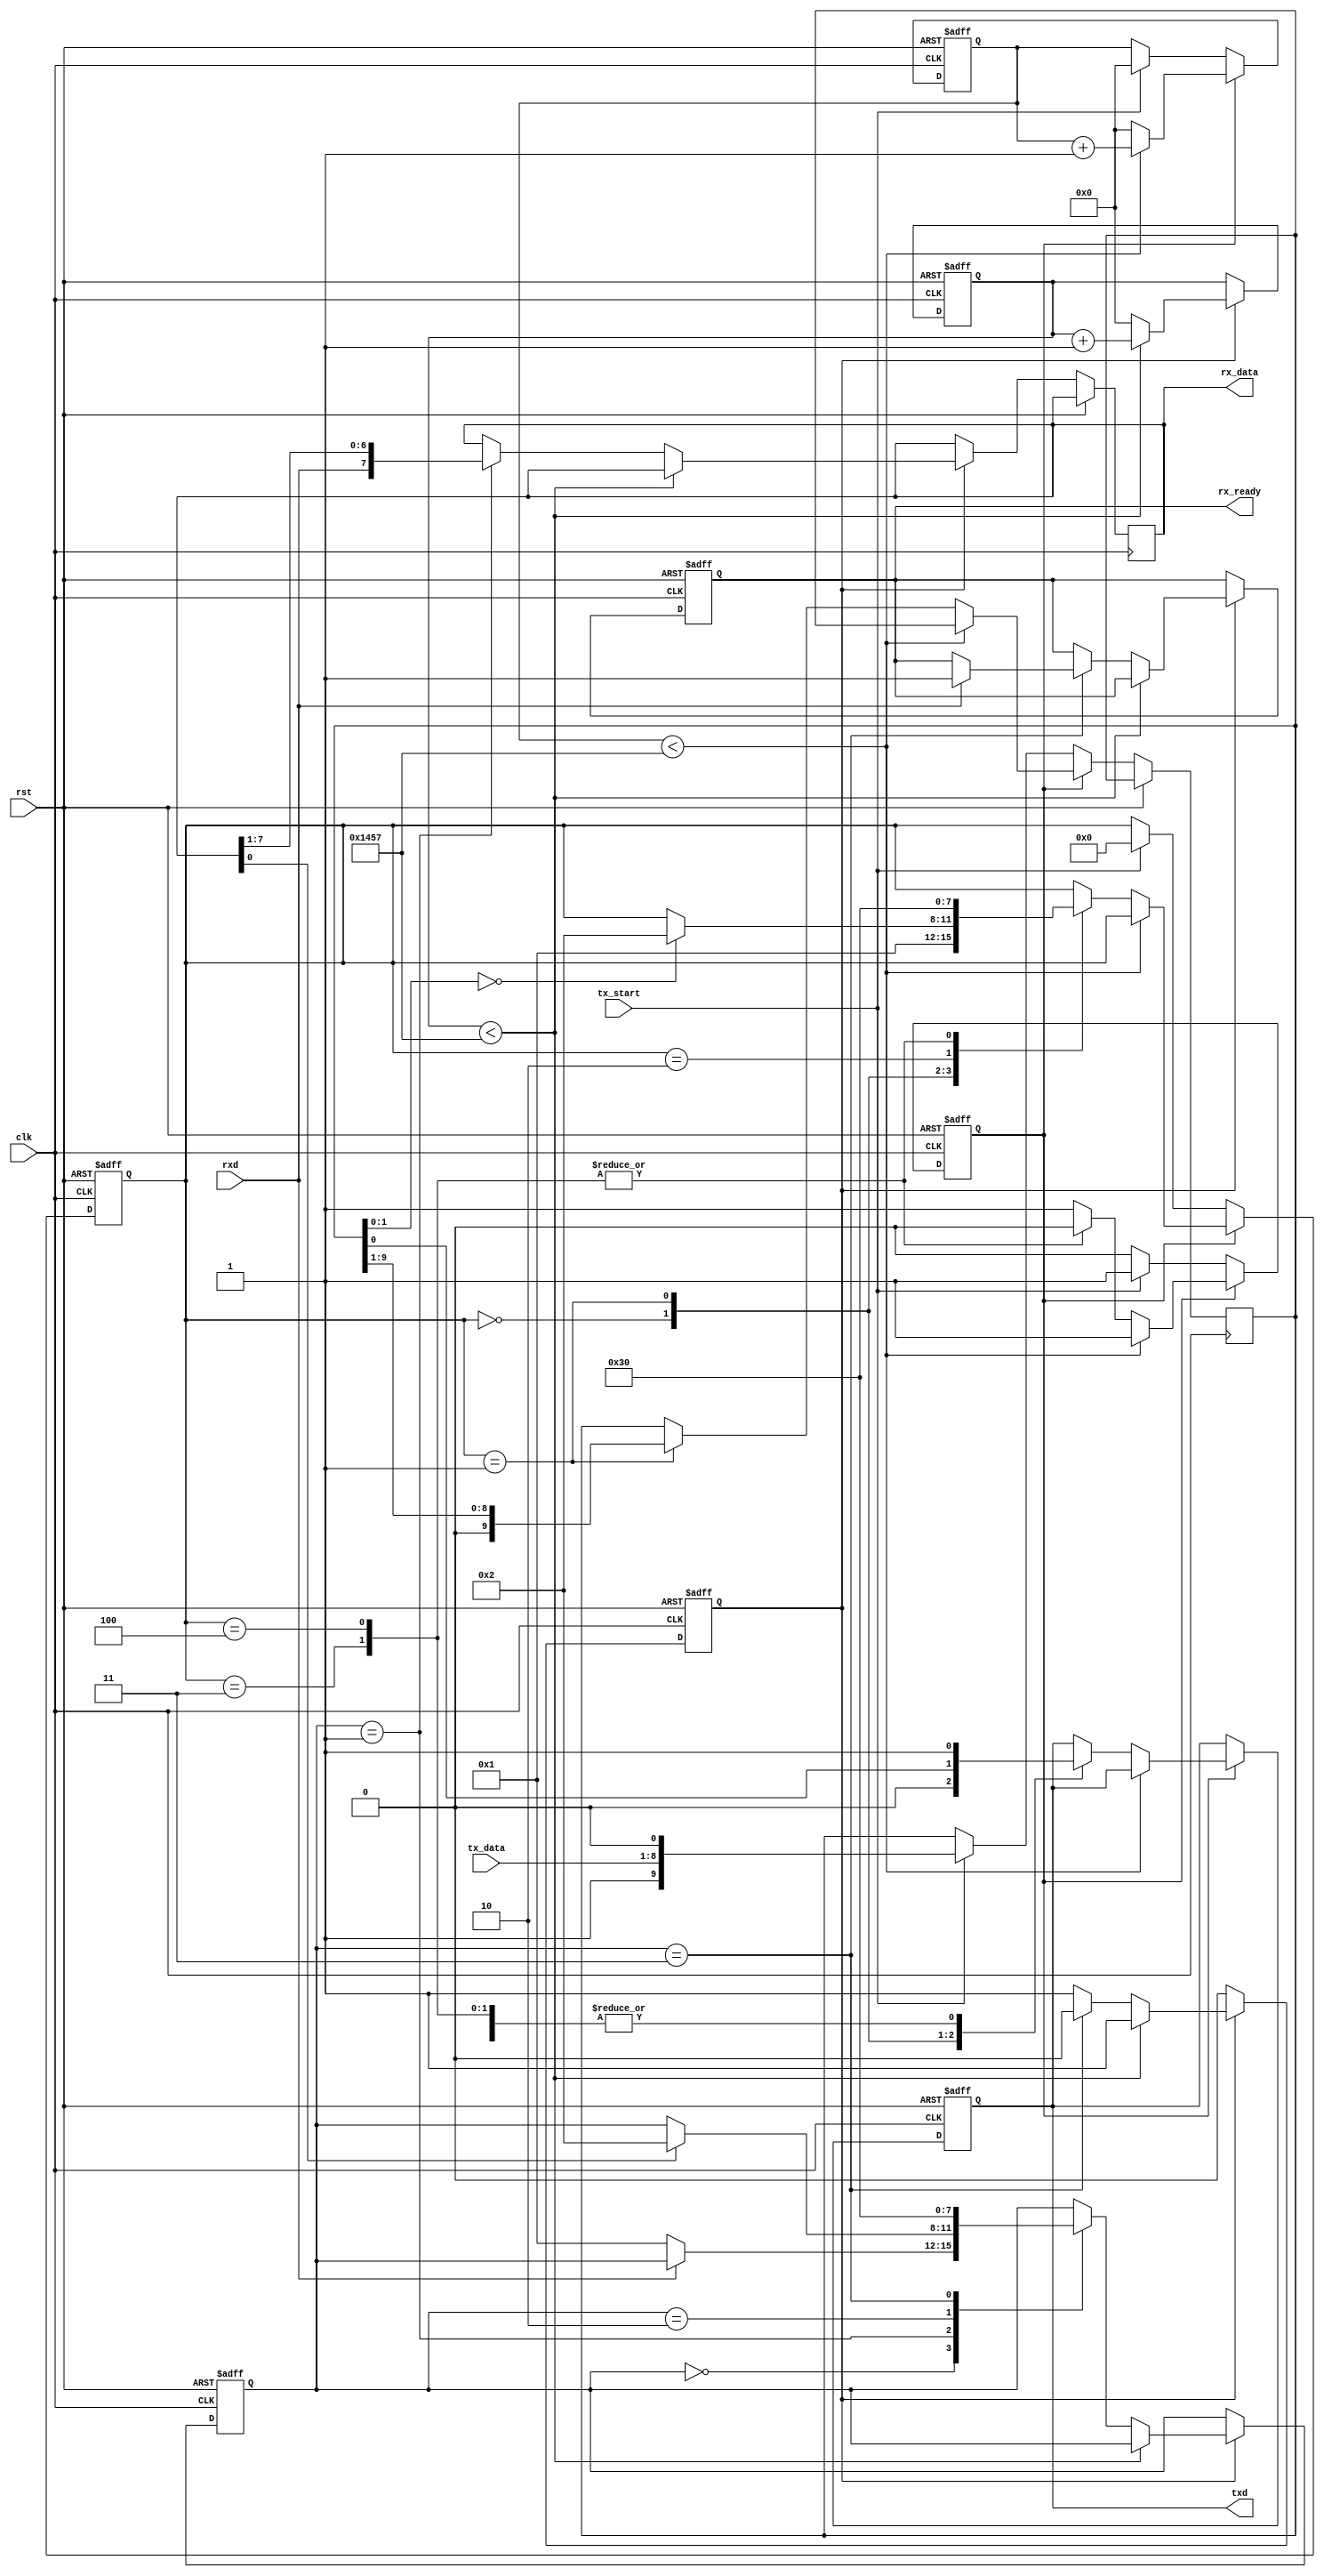
module parameterized_uart #(
    parameter BAUD_RATE = 9600,
    parameter DATA_BITS = 8,
    parameter STOP_BITS = 1,
    parameter PARITY = "NONE", // Options: "NONE", "EVEN", "ODD"
    parameter CLOCK_FREQ = 50000000 // 50 MHz
)(
    input wire clk,
    input wire rst,
    input wire tx_start,
    input wire [DATA_BITS-1:0] tx_data,
    output wire txd,
    output wire rx_ready,
    output wire [DATA_BITS-1:0] rx_data,
    input wire rxd
);

    // Baud rate generator parameters
    localparam BAUD_DIV = CLOCK_FREQ / BAUD_RATE;
    localparam BAUD_COUNTER_BITS = $clog2(BAUD_DIV);

    // TX Module
    reg [BAUD_COUNTER_BITS-1:0] tx_baud_counter;
    reg [3:0] tx_state;
    reg [DATA_BITS+1:0] tx_shift_reg; // Data + start + stop + parity
    reg tx_busy;
    reg txd_reg;

    assign txd = txd_reg;

    always @(posedge clk or posedge rst) begin
        if (rst) begin
            tx_baud_counter <= 0;
            tx_state <= 0;
            tx_busy <= 0;
            txd_reg <= 1; // Idle state
        end else begin
            if (tx_busy) begin
                if (tx_baud_counter < BAUD_DIV - 1) begin
                    tx_baud_counter <= tx_baud_counter + 1;
                end else begin
                    tx_baud_counter <= 0;
                    case (tx_state)
                        0: begin // Start bit
                            txd_reg <= 0;
                            tx_state <= 1;
                        end
                        1: begin // Data bits
                            txd_reg <= tx_shift_reg[0];
                            tx_shift_reg <= {1'b0, tx_shift_reg[DATA_BITS+1:1]};
                            if (tx_shift_reg[1:0] == 2'b00) begin
                                tx_state <= 2; // Move to parity
                            end
                        end
                        2: begin // Parity bit
                            if (PARITY == "EVEN") begin
                                txd_reg <= ~^tx_shift_reg[DATA_BITS-1:0];
                            end else if (PARITY == "ODD") begin
                                txd_reg <= ^tx_shift_reg[DATA_BITS-1:0];
                            end else begin
                                txd_reg <= 1; // No parity
                            end
                            tx_state <= 3; // Move to stop bits
                        end
                        3: begin // Stop bits
                            txd_reg <= 1; // Stop bit
                            if (STOP_BITS == 2) begin
                                tx_state <= 4; // Second stop bit
                            end else begin
                                tx_state <= 0; // Back to idle
                                tx_busy <= 0; // Transmission complete
                            end
                        end
                        4: begin // Second stop bit
                            txd_reg <= 1; // Stop bit
                            tx_state <= 0; // Back to idle
                            tx_busy <= 0; // Transmission complete
                        end
                    endcase
                end
            end else if (tx_start) begin
                tx_shift_reg <= {1'b1, tx_data, 1'b0}; // Load data with start bit
                tx_busy <= 1;
                tx_state <= 0;
                tx_baud_counter <= 0;
            end
        end
    end

    // RX Module
    reg [BAUD_COUNTER_BITS-1:0] rx_baud_counter;
    reg [3:0] rx_state;
    reg [DATA_BITS-1:0] rx_shift_reg;
    reg rx_busy;
    reg rx_valid;

    assign rx_ready = rx_valid;
    assign rx_data = rx_shift_reg;

    always @(posedge clk or posedge rst) begin
        if (rst) begin
            rx_baud_counter <= 0;
            rx_state <= 0;
            rx_busy <= 0;
            rx_valid <= 0;
        end else begin
            if (rx_busy) begin
                if (rx_baud_counter < BAUD_DIV - 1) begin
                    rx_baud_counter <= rx_baud_counter + 1;
                end else begin
                    rx_baud_counter <= 0;
                    case (rx_state)
                        0: begin // Wait for start bit
                            if (!rxd) begin
                                rx_busy <= 1;
                                rx_state <= 1;
                            end
                        end
                        1: begin // Data bits
                            rx_shift_reg <= {rxd, rx_shift_reg[DATA_BITS-1:1]};
                            if (rx_shift_reg[0] == 1'b1) begin
                                rx_state <= 2; // Move to parity
                            end
                        end
                        2: begin // Parity bit
                            // Implement parity checking here if needed
                            rx_state <= 3; // Move to stop bits
                        end
                        3: begin // Stop bits
                            if (rxd == 1'b1) begin
                                rx_valid <= 1; // Data valid
                            end
                            rx_busy <= 0; // Reception complete
                            rx_state <= 0; // Back to idle
                        end
                    endcase
                end
            end
        end
    end

endmodule